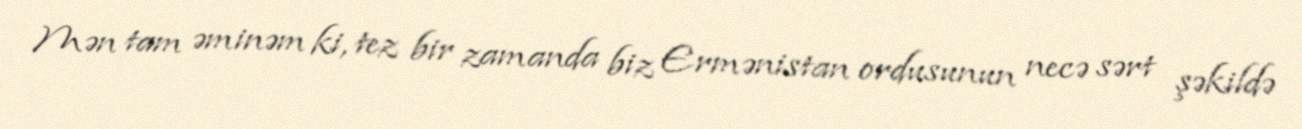
Mən tam əminəm ki, tez bir zamanda biz Ermənistan ordusunun necə sərt şəkildə